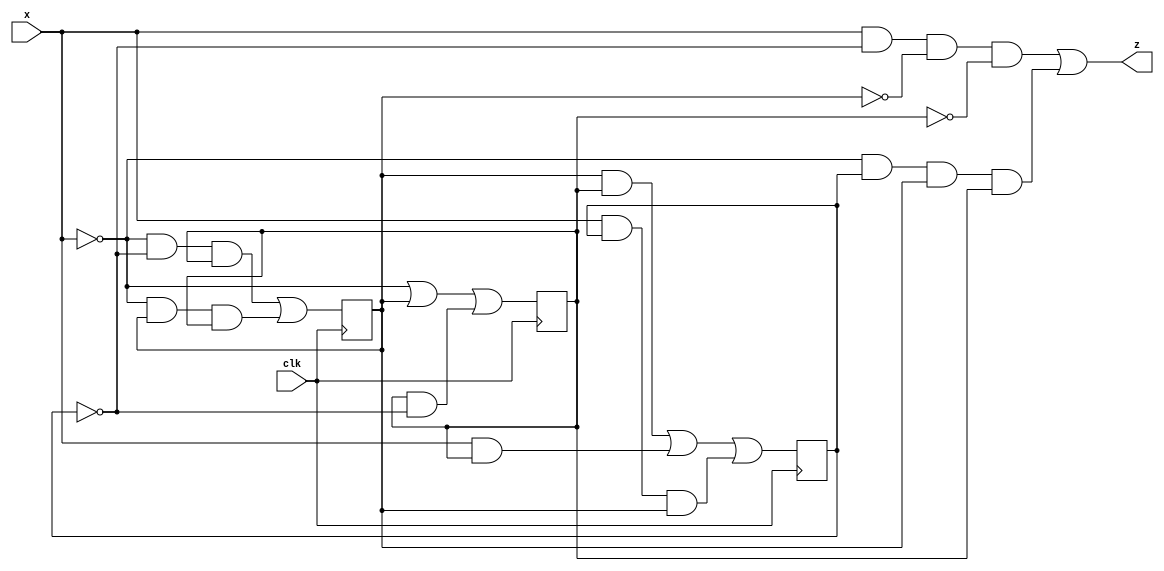
`timescale 1ns / 1ps
module FSM1(
 input x,
 input clk,
 output z
 );

wire q2,q1,q0;
reg Q2,Q1,Q0;
assign q0 = !x | (Q1) | (Q0&!Q2);
assign q1 = (!x & !Q2 & Q0) | (!x & Q1 & Q0);
assign q2 = (Q1 & Q0) | (x&Q0) | (x & Q2 & Q1);
assign z = ((x & !Q2&!Q1&!Q0) | (!x&Q2&Q1&Q0));
always @(posedge clk) begin
Q2<=q2;
Q1<=q1;
Q0<=q0;
end
endmodule